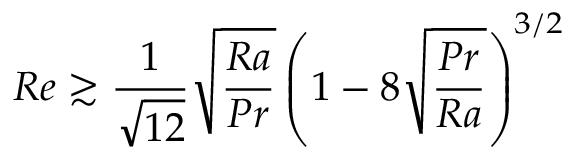
R e \gtrsim \frac { 1 } { \sqrt { 1 2 } } \sqrt { \frac { R a } { P r } } \left( 1 - 8 \sqrt { \frac { P r } { R a } } \right) ^ { 3 / 2 }